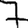
Digit: 7